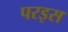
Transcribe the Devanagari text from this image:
परइस